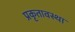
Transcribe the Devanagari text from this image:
प्रकृतावस्था